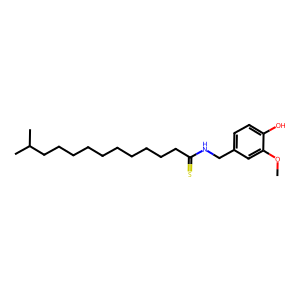
SMILES: COc1cc(CNC(=S)CCCCCCCCCCC(C)C)ccc1O
Inhibits HIV replication: No